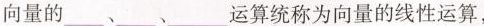
向量的___、___、___运算统称为向量的线性运算，